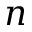
n